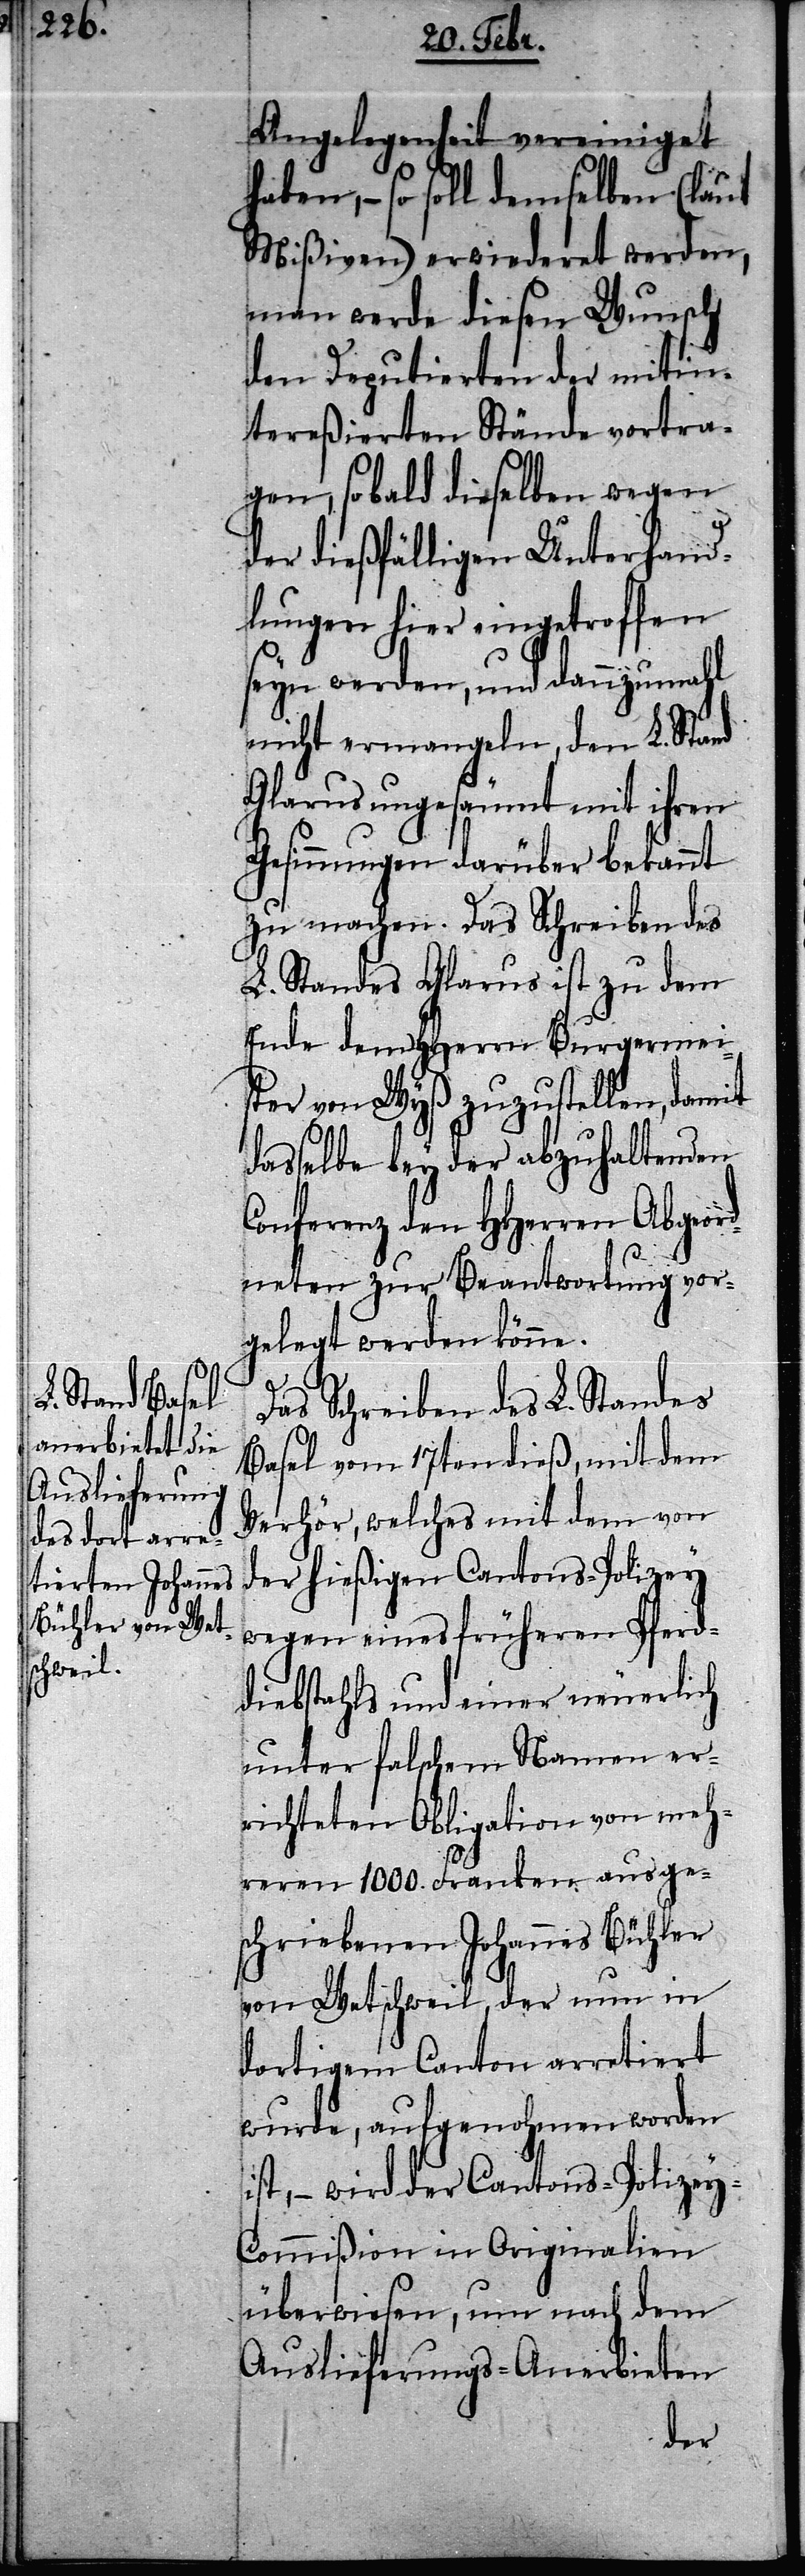
Angelegenheit vereiniget
haben, – so soll demselben (laut
Mißiven) erwiederet werden,
man werde diesen Wunsch
den Deputierten der mitin¬
tereßierten Stände vortra¬
gen, sobald dieselben wegen
der dießfälligen Unterhand¬
lungen hier eingetroffen
seyn werden, und dannzumahl
nicht ermangeln, den L. Stand
Glarus ungesäumt mit ihren
Gesinnungen darüber bekannt
zu machen. Das Schreiben des
L. Standes Glarus ist zu dem
Ende dem HHerrn Burgermeis¬
ter von Wyß zuzustellen, damit
dasselbe bey der abzuhaltenden
Conferenz den HHerren Abgeord¬
neten zur Beantwortung vor¬
gelegt werden könne.
Das Schreiben des L. Standes
Basel vom 17ten dieß, mit dem
Verhör, welches mit dem von
der hießigen Cantons-Polizey
wegen eines früheren Pferd¬
diebstahls und einer neuerlich
unter falschem Namen er¬
richteten Obligation von meh¬
reren 1000. Franken ausge¬
schriebenen Johannes Bühler
von Wetschweil, der nun in
dortigem Canton arretiert
wurde, aufgenohmen worden
ist, – wird der Canonts-Polizey-C¬
ommißion in Originalien
überwiesen, um nach dem
Auslieferungs-Anerbieten